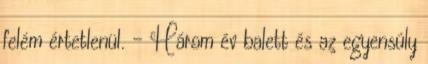
felém értetlenül. - Három év balett és az egyensúly